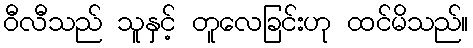
ဝီလီသည် သူနှင့် တူလေခြင်းဟု ထင်မိသည်။